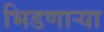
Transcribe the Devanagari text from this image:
भिडणाऱ्या